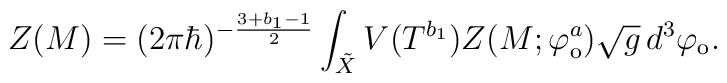
Z(M)=(2\pi\hbar)^{-\frac{3+b_1-1}{2}}    \int_{\tilde{X}} V\big(T^{b_1}\big)    Z(M;\varphi_{\rm o}^a)\sqrt{g}\,d^3\varphi_{\rm o}.